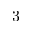
3